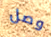
وصل